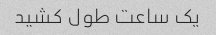
یک ساعت طول کشید